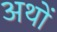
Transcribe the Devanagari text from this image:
अथों